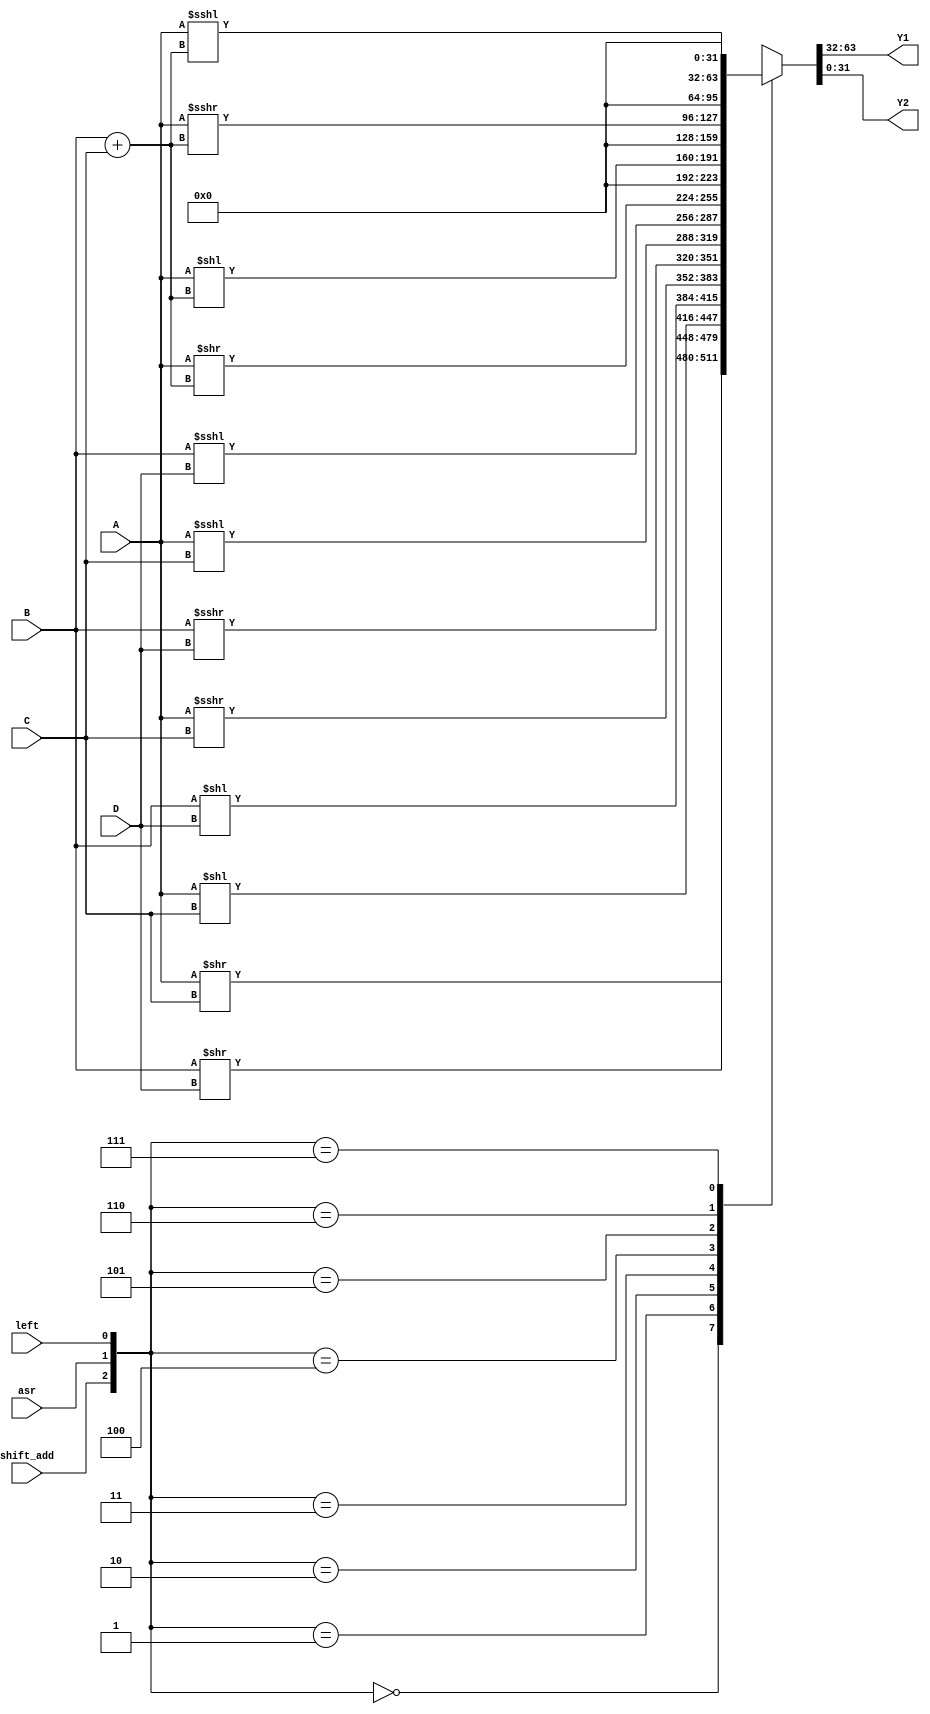
module shifter(
  input shift_add,
  input[31:0] A,
  input[31:0] B,
  input[31:0] C,
  input[31:0] D,
  input left,
  input asr,
  output reg[31:0] Y1,
  output reg[31:0] Y2
  );

  always @(*) begin
    case({shift_add, asr, left})
      3'b000: {Y1, Y2} = {A >> C, B >> D};
      3'b001: {Y1, Y2} = {A << C, B << D};
      3'b010: {Y1, Y2} = {A >>> C, B >>> D};
      3'b011: {Y1, Y2} = {A <<< C, B <<< D};
      3'b100: {Y1, Y2} = {A >> B + C, 32'b0};
      3'b101: {Y1, Y2} = {A << B + C, 32'b0};
      3'b110: {Y1, Y2} = {A >>> B + C, 32'b0};
      3'b111: {Y1, Y2} = {A <<< B + C, 32'b0};
    endcase
  end

endmodule